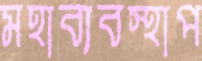
মহাব্যবস্থাপ